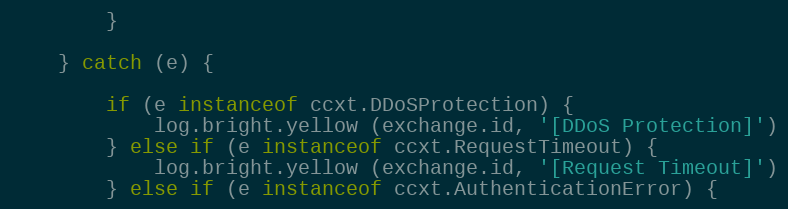
Language: JavaScript
        }

    } catch (e) {

        if (e instanceof ccxt.DDoSProtection) {
            log.bright.yellow (exchange.id, '[DDoS Protection]')
        } else if (e instanceof ccxt.RequestTimeout) {
            log.bright.yellow (exchange.id, '[Request Timeout]')
        } else if (e instanceof ccxt.AuthenticationError) {